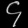
Digit: ၄